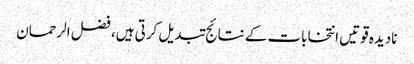
نادیدہ قوتیں انتخابات کے نتائج تبدیل کرتی ہیں، فضل الرحمان